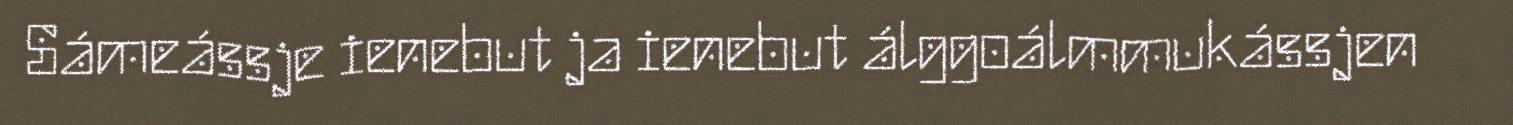
Sámeássje ienebut ja ienebut álggoálmmukássjen